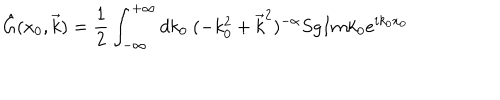
\hat { G } ( x _ { 0 } , \vec { k } ) = \frac { 1 } { 2 } \int _ { - \infty } ^ { + \infty } d k _ { 0 } ~ ( - k _ { 0 } ^ { 2 } + \vec { k } ^ { 2 } ) ^ { - \alpha } S g I m k _ { 0 } e ^ { i k _ { 0 } x _ { 0 } }